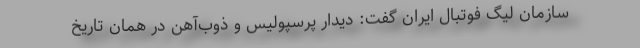
سازمان لیگ فوتبال ایران گفت: دیدار پرسپولیس و ذوب‌آهن در همان تاریخ